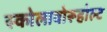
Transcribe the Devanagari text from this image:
स्कोलावोरूहोल्ट